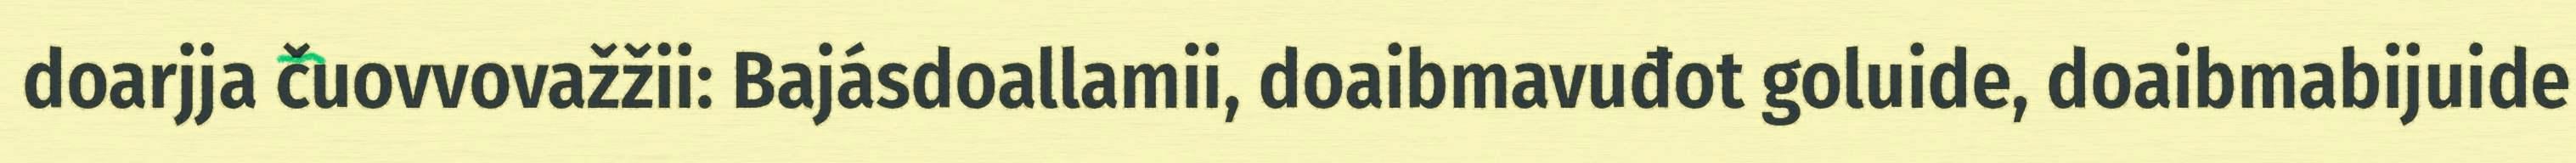
doarjja čuovvovažžii: Bajásdoallamii, doaibmavuđot goluide, doaibmabijuide